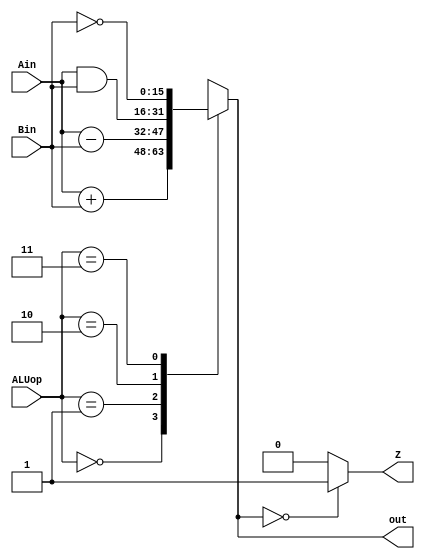
module ALU(Ain, Bin, ALUop, out, Z);
  input [15:0] Ain, Bin;
  input [1:0] ALUop;
  output [15:0] out;
  output Z;

  reg [15:0] out;
  reg Z;
  
  // ALU instructions with according 2bit input. 
  always@(*) begin
    casex(ALUop)
	2'b00: out = Ain + Bin;
	2'b01: out = Ain - Bin;
	2'b10: out = Ain & Bin;
	2'b11: out = ~Bin;
	default out = 16'd0;
    endcase
  end

  // Status update.
  always@(*)begin
	case(out)
	16'd0: Z = 1'b1;
	default: Z = 1'b0;
  endcase
  end

endmodule